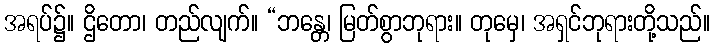
အရပ်၌။ ဌိတော၊ တည်လျက်။ “ဘန္တေ၊ မြတ်စွာဘုရား။ တုမှေ၊ အရှင်ဘုရားတို့သည်။